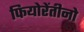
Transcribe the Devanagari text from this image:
फियोरेंतीनो